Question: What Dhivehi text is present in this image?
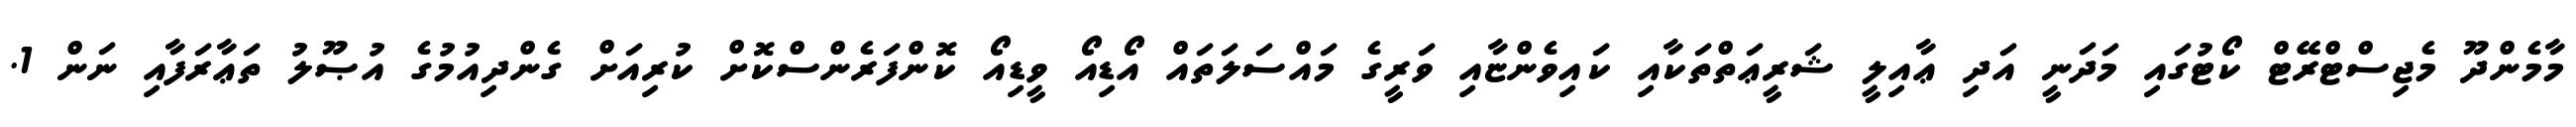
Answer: މާމެންދޫ މެޖިސްޓްރޭޓް ކޯޓުގައި މަދަނީ އަދި ޢާއިލީ ޝަރީޢަތްތަކާއި ކައިވެންޏާއި ވަރީގެ މައްސަލަތައް އޯޑިއޯ ވީޑިއޯ ކޮންފަރެންސްކޮށް ކުރިއަށް ގެންދިއުމުގެ އުޞޫލު ތަޢާރަފާއި ނަން 1.